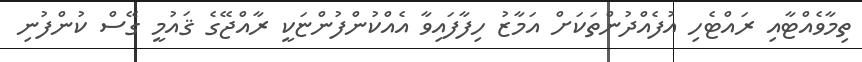
ތިމާވެއްޓާއި ރައްޓެހި އުފެއްދުންތަކަށް އަމާޒު ހިފާފައިވާ އެއްކުންފުންޏަކީ ރާއްޖޭގެ ޤައުމީ ގޭސް ކުންފުނި